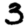
Digit: 3